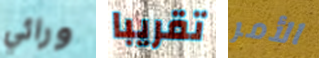
ورائي تقريبا الأمر